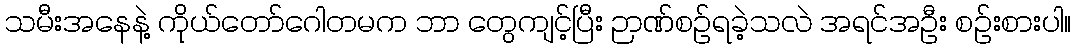
သမီးအနေနဲ့ ကိုယ်တော်ဂေါတမက ဘာ တွေကျင့်ပြီး ဉာဏ်စဉ်ရခဲ့သလဲ အရင်အဦး စဉ်းစားပါ။